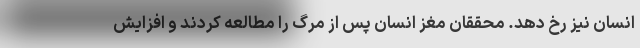
انسان نیز رخ دهد. محققان مغز انسان پس از مرگ را مطالعه کردند و افزایش